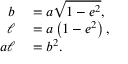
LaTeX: \begin{array} { r l } { b } & { { } = a { \sqrt { 1 - e ^ { 2 } } } , } \\ { \ell } & { { } = a \left( 1 - e ^ { 2 } \right) , \, } \\ { a \ell } & { { } = b ^ { 2 } . } \end{array}